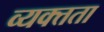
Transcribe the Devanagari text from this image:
व्यक्त्तता